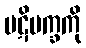
ပဋိပက္ခကို